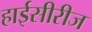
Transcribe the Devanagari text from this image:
हाईसीरीज